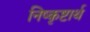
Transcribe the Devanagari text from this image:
निष्कृष्टार्थ